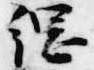
綱